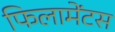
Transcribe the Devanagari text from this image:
फिलामेंटस